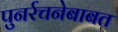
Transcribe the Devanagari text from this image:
पुनर्रचनेबाबत